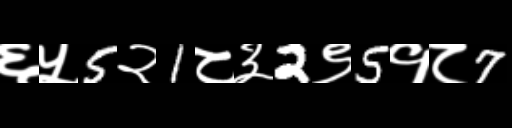
Text: ६५5२1८३2९5१८7